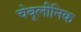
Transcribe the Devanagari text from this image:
चेबूलीनिक